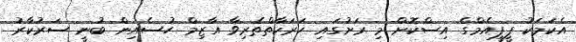
އެކަމަކު ޕީޕީއެމްގެ އިސްކޮށް މި ރަށުގައި ހަރަކާތްތެރިވާ އާޒިމް ހުސެއިން ބުނީ ސަރުކާރު